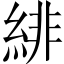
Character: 緋